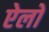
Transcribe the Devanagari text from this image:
ऐलो